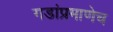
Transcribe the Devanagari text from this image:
गडांप्रमाणेच